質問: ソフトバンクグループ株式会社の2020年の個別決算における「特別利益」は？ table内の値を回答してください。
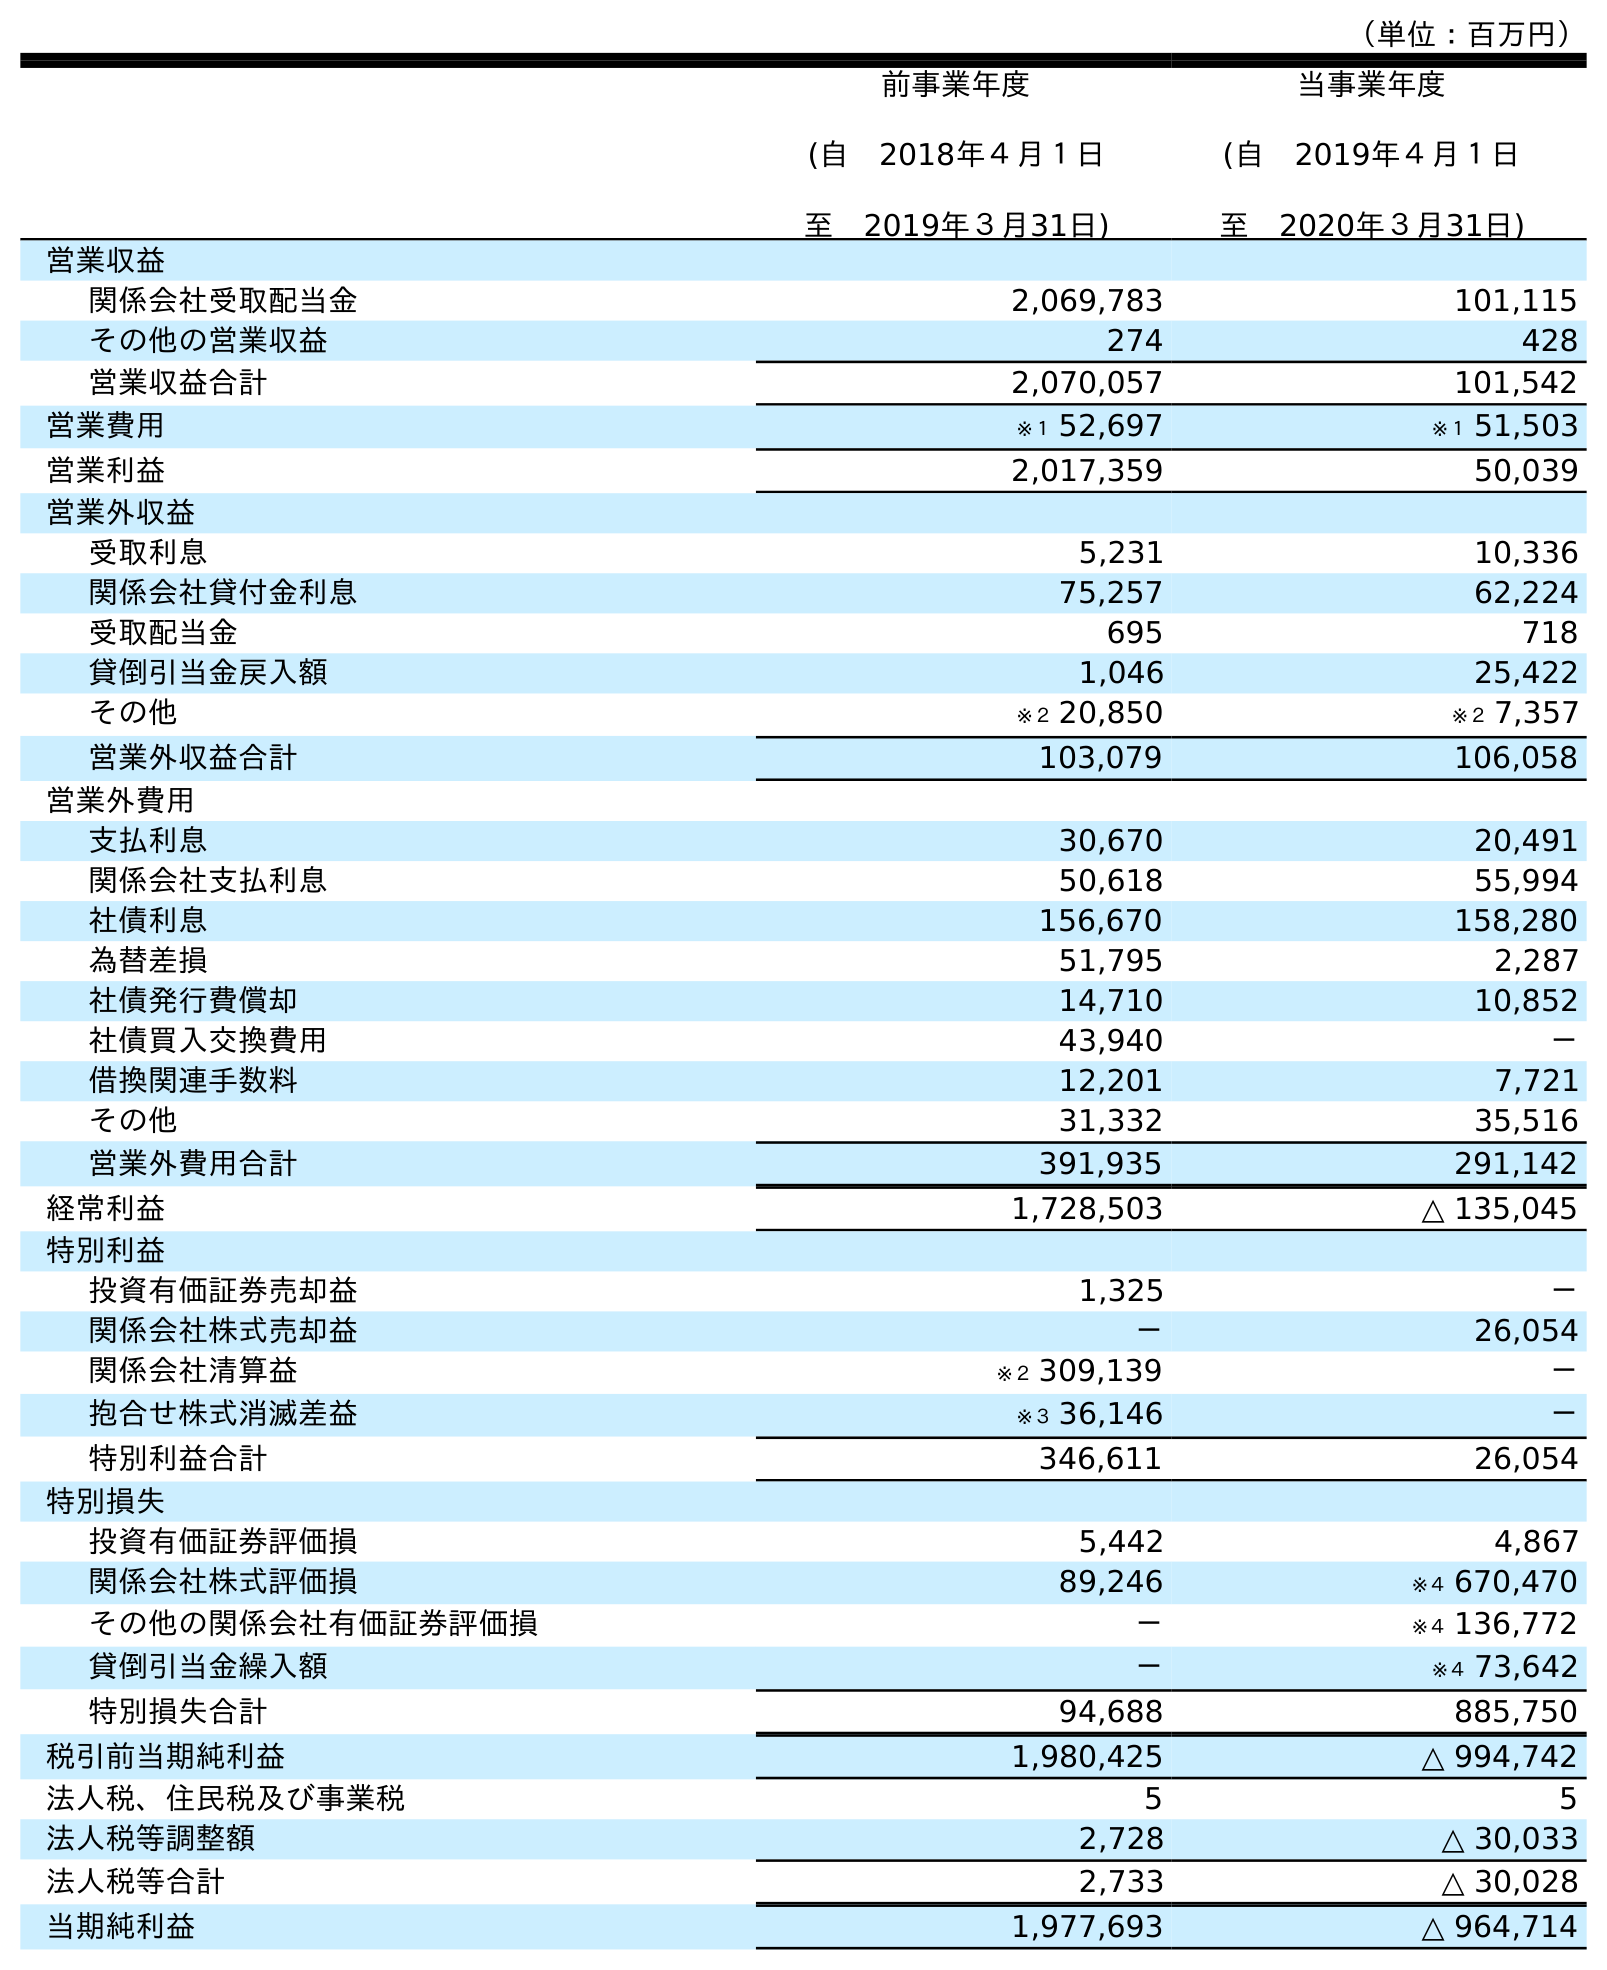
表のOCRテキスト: （単位：百万円） 前事業年度 (自 2018年４月１日 至 2019年３月31日) 当事業年度 (自 2019年４月１日 至 2020年３月31日) 営業収益 関係会社受取配当金 2,069,783 101,115 その他の営業収益 274 428 営業収益合計 2,070,057 101,542 営業費用 ※１ 52,697 ※１ 51,503 営業利益 2,017,359 50,039 営業外収益 受取利息 5,231 10,336 関係会社貸付金利息 75,257 62,224 受取配当金 695 718 貸倒引当金戻入額 1,046 25,422 その他 ※２ 20,850 ※２ 7,357 営業外収益合計 103,079 106,058 営業外費用 支払利息 30,670 20,491 関係会社支払利息 50,618 55,994 社債利息 156,670 158,280 為替差損 51,795 2,287 社債発行費償却 14,710 10,852 社債買入交換費用 43,940 － 借換関連手数料 12,201 7,721 その他 31,332 35,516 営業外費用合計 391,935 291,142 経常利益 1,728,503 △ 135,045 特別利益 投資有価証券売却益 1,325 － 関係会社株式売却益 － 26,054 関係会社清算益 ※２ 309,139 － 抱合せ株式消滅差益 ※３ 36,146 － 特別利益合計 346,611 26,054 特別損失 投資有価証券評価損 5,442 4,867 関係会社株式評価損 89,246 ※４ 670,470 その他の関係会社有価証券評価損 － ※４ 136,772 貸倒引当金繰入額 － ※４ 73,642 特別損失合計 94,688 885,750 税引前当期純利益 1,980,425 △ 994,742 法人税、住民税及び事業税 5 5 法人税等調整額 2,728 △ 30,033 法人税等合計 2,733 △ 30,028 当期純利益 1,977,693 △ 964,714
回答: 26,054